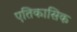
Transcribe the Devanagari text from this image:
एतिकासिक